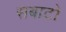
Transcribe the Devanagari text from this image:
सबाटो